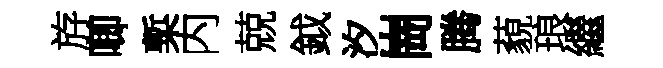
斿唧槧内兢鉞汐崗腾藐琅繼